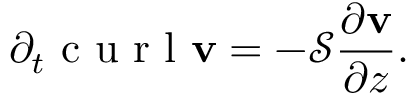
\partial _ { t } \textrm { c u r l } \mathbf { v } = - \mathcal { S } \frac { \partial \mathbf { v } } { \partial z } .